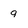
Character: 9